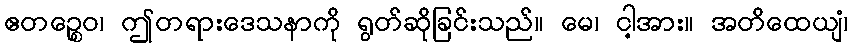
ဧတဉ္စေဝ၊ ဤတရားဒေသနာကို ရွတ်ဆိုခြင်းသည်။ မေ၊ ငါ့အား။ အတိထေယျံ၊